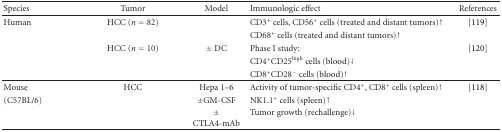
<table><thead><tr><td><b>Species</b></td><td><b>Tumor</b></td><td><b>Model</b></td><td><b>Immunologic effect</b></td><td><b>References</b></td></tr></thead><tbody><tr><td>Human</td><td>HCC (<i>n</i> = 82)</td><td></td><td>CD3<sup>+</sup> cells, CD56<sup>+</sup> cells (treated and distant tumors)↑</td><td>[119]</td></tr><tr><td></td><td></td><td></td><td>CD68<sup>+</sup> cells (treated and distant tumors)↑</td><td></td></tr><tr><td></td><td>HCC (<i>n</i> = 10)</td><td>± DC</td><td>Phase I study:</td><td>[120]</td></tr><tr><td></td><td></td><td></td><td>CD4<sup>+</sup>CD25<sup>high</sup> cells (blood)↓</td><td></td></tr><tr><td></td><td></td><td></td><td>CD8<sup>+</sup>CD28<sup>−</sup> cells (blood)↑</td><td></td></tr><tr><td>Mouse</td><td>HCC</td><td>Hepa 1–6</td><td>Activity of tumor-specific CD4<sup>+</sup>, CD8<sup>+</sup> cells (spleen)↑</td><td>[118]</td></tr><tr><td>(C57BL/6)</td><td></td><td>±GM-CSF</td><td>NK1.1<sup>+</sup> cells (spleen)↑</td><td></td></tr><tr><td></td><td></td><td>± CTLA4-mAb</td><td>Tumor growth (rechallenge)↓</td><td></td></tr></tbody></table>